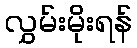
လွှမ်းမိုးရန်